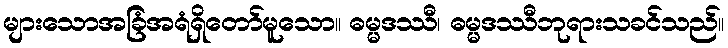
များသောအခြံအရံရှိတော်မူသော။ ဓမ္မဒဿီ၊ ဓမ္မဒဿီဘုရားသခင်သည်။